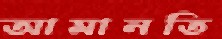
আমানতি